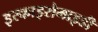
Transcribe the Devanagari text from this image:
इस्काइरोमाइडी